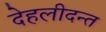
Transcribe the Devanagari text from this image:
देहलीदन्त